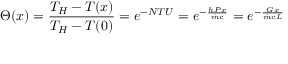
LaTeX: \Theta ( x ) = { \frac { T _ { H } - T ( x ) } { T _ { H } - T ( 0 ) } } = e ^ { - N T U } = e ^ { - { \frac { h P x } { { \dot { m } } c } } } = e ^ { - { \frac { G x } { { \dot { m } } c L } } }